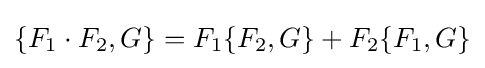
\{F_{1}\cdot F_{2},G\}=F_{1}\{F_{2},G\}+F_{2}\{F_{1},G\}